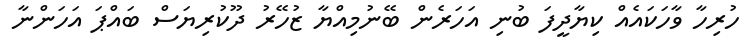
ހުރިހާ ވާހަކައެއް ކިޔާދީފަ ބުނި އަހަރެން ބޭނުމިއްޔާ ޒުހޭރު ދޫކުރިޔަސް ބައްޕަ އަހަންނާ